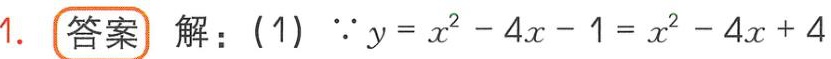
1. **答案** 解：(1) \(\because y = x^{2}-4x - 1=x^{2}-4x + 4\)